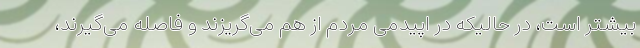
بیشتر است، در حالیکه در اپیدمی مردم از هم می‌گریزند و فاصله می‌گیرند،